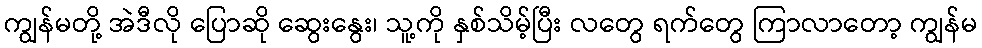
ကျွန်မတို့ အဲဒီလို ပြောဆို ဆွေးနွေး၊ သူ့ကို နှစ်သိမ့်ပြီး လတွေ ရက်တွေ ကြာလာတော့ ကျွန်မ